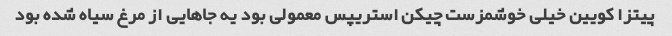
پیتزا کویین خیلی خوشمزست چیکن استریپس معمولی بود یه جاهایی از مرغ سیاه شده بود